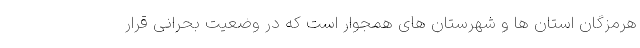
هرمزگان استان ها و شهرستان های همجوار است که در وضعیت بحرانی قرار